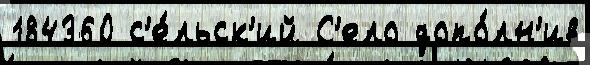
184360 с'е́льск'ий С'ело допо́лн'ив